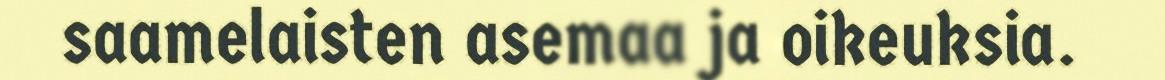
saamelaisten asemaa ja oikeuksia.